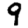
Digit: 9